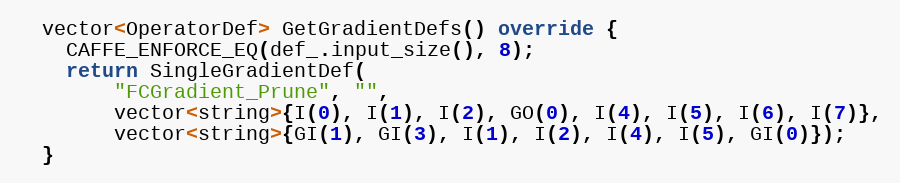
Language: C++
  vector<OperatorDef> GetGradientDefs() override {
    CAFFE_ENFORCE_EQ(def_.input_size(), 8);
    return SingleGradientDef(
        "FCGradient_Prune", "",
        vector<string>{I(0), I(1), I(2), GO(0), I(4), I(5), I(6), I(7)},
        vector<string>{GI(1), GI(3), I(1), I(2), I(4), I(5), GI(0)});
  }